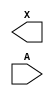
module sky130_fd_sc_lp__clkdlybuf4s15 (
    X,
    A
);

    output X;
    input  A;

    // Voltage supply signals
    supply1 VPWR;
    supply0 VGND;
    supply1 VPB ;
    supply0 VNB ;

endmodule